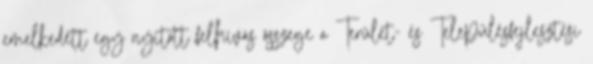
emelkedett egy nyitott felhívás összege a Terület- és Településfejlesztési